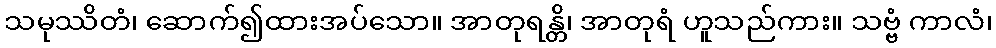
သမုဿိတံ၊ ဆောက်၍ထားအပ်သော။ အာတုရန္တိ၊ အာတုရံ ဟူသည်ကား။ သဗ္ဗံ ကာလံ၊